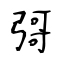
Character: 彁